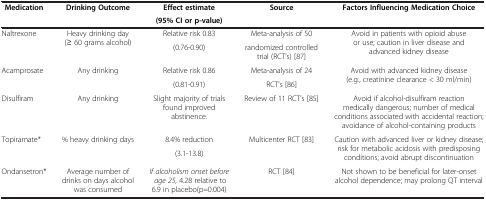
<table><thead><tr><td><b>Medication</b></td><td><b>Drinking Outcome</b></td><td><b>Effect estimate</b></td><td><b>Source</b></td><td><b>Factors Influencing Medication Choice</b></td></tr><tr><td><b> </b></td><td><b> </b></td><td><b>(95% CI or p-value)</b></td><td><b> </b></td><td><b> </b></td></tr></thead><tbody><tr><td rowspan="2">Naltrexone</td><td rowspan="2">Heavy drinking day (≥ 60 grams alcohol)</td><td>Relative risk 0.83</td><td>Meta-analysis of 50</td><td rowspan="2">Avoid in patients with opioid abuse or use; caution in liver disease and advanced kidney disease</td></tr><tr><td>(0.76-0.90)</td><td>randomized controlled trial (RCT’s) [87]</td></tr><tr><td rowspan="2">Acamprosate</td><td rowspan="2">Any drinking</td><td>Relative risk 0.86</td><td>Meta-analysis of 24</td><td rowspan="2">Avoid with advanced kidney disease(e.g., creatinine clearance &lt; 30 ml/min)</td></tr><tr><td>(0.81-0.91)</td><td>RCT’s [86]</td></tr><tr><td>Disulfiram</td><td>Any drinking</td><td>Slight majority of trials found improved abstinence.</td><td>Review of 11 RCT’s [85]</td><td>Avoid if alcohol-disulfiram reaction medically dangerous; number of medical conditions associated with accidental reaction; avoidance of alcohol-containing products</td></tr><tr><td rowspan="2">Topiramate*</td><td rowspan="2">% heavy drinking days</td><td>8.4% reduction</td><td rowspan="2">Multicenter RCT [83]</td><td rowspan="2">Caution with advanced liver or kidney disease; risk for metabolic acidosis with predisposing conditions; avoid abrupt discontinuation</td></tr><tr><td>(3.1-13.8)</td></tr><tr><td>Ondansetron*</td><td>Average number of drinks on days alcohol was consumed</td><td><i>If alcoholism onset before age 25,</i> 4.28 relative to 6.9 in placebo(p=0.004)</td><td>RCT [84]</td><td>Not shown to be beneficial for later-onset alcohol dependence; may prolong QT interval</td></tr></tbody></table>